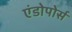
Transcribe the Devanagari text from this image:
एंडोपोर्स